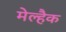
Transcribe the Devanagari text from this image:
मेल्हैक